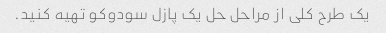
یک طرح کلی از مراحل حل یک پازل سودوکو تهیه کنید.